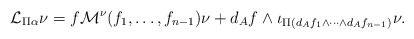
\begin{align*}\mathcal{L}_{\Pi\alpha}\nu = f \mathcal{M}^\nu(f_1,\ldots,f_{n-1})\nu+ d_{A}f\wedge \iota_{\Pi(d_{A}f_1\wedge\cdots\wedge d_{A}f_{n-1})}\nu.\end{align*}